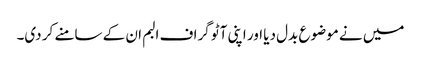
میں نے موضوع بدل دیا اور اپنی آٹو گراف البم ان کے سامنے کر دی۔